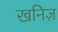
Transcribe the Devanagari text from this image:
खनिज़